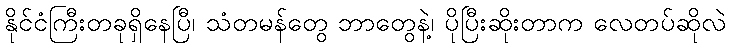
နိုင်ငံကြီးတခုရှိနေပြီ၊ သံတမန်တွေ ဘာတွေနဲ့၊ ပိုပြီးဆိုးတာက လေတပ်ဆိုလဲ